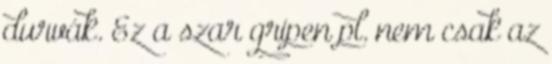
durvák. Ez a szar gripen pl. nem csak az